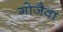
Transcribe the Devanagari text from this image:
गोजैवा